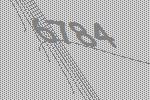
6784